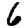
Digit: 6